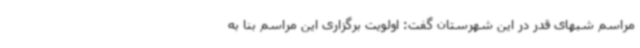
مراسم شبهای قدر در این شهرستان گفت: اولویت برگزاری این مراسم بنا به